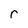
Character: r